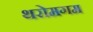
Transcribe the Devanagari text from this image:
थरोमगम